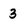
Character: 3